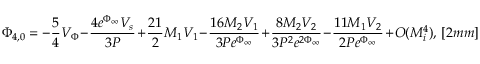
\Phi _ { 4 , 0 } = - \frac { 5 } { 4 } V _ { \Phi } - \frac { 4 e ^ { \Phi _ { \infty } } V _ { s } } { 3 P } + \frac { 2 1 } { 2 } M _ { 1 } V _ { 1 } - \frac { 1 6 M _ { 2 } V _ { 1 } } { 3 P e ^ { \Phi _ { \infty } } } + \frac { 8 M _ { 2 } V _ { 2 } } { 3 P ^ { 2 } e ^ { 2 \Phi _ { \infty } } } - \frac { 1 1 M _ { 1 } V _ { 2 } } { 2 P e ^ { \Phi _ { \infty } } } + O ( M _ { i } ^ { 4 } ) , \, [ 2 m m ]